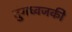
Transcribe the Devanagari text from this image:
तुंगध्वजकी